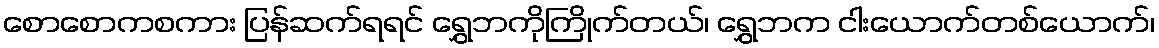
စောစောကစကား ပြန်ဆက်ရရင် ရွှေဘကိုကြိုက်တယ်၊ ရွှေဘက ငါးယောက်တစ်ယောက်၊